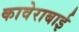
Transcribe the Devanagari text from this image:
कावेराबाई